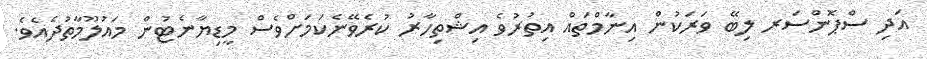
އަދި ސްޕޮންސަރ ލިބޭ ވަރަކުން އިނާމްތައް އިތުރުވެ އިޝްތިހާރު ކުރެވޭނެކަމަށްވެސް މީޑިޔާނެޓުން މައުލޫމާތުދެއެވެ.